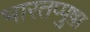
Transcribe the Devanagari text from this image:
भारतप्पुष़ा